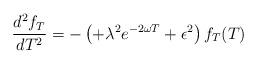
LaTeX: \begin{align*}\frac{d^{2}f_{T}}{dT^{2}}=-\left( +\lambda ^{2}e^{-2\omega T}+\epsilon^{2}\right) f_{T}(T) \end{align*}